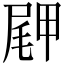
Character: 𪨖